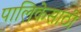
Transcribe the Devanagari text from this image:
पालिकेसाठी